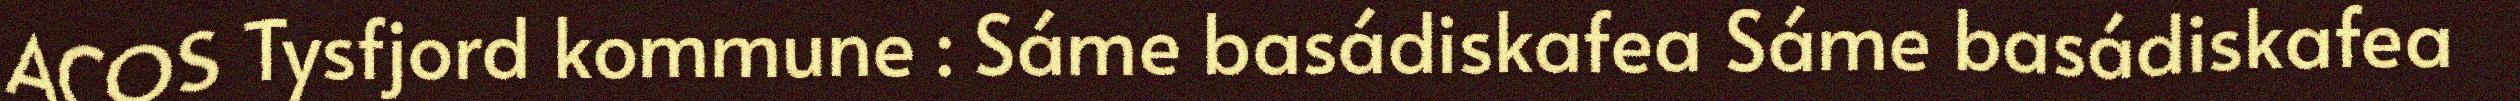
ACOS Tysfjord kommune : Sáme basádiskafea Sáme basádiskafea